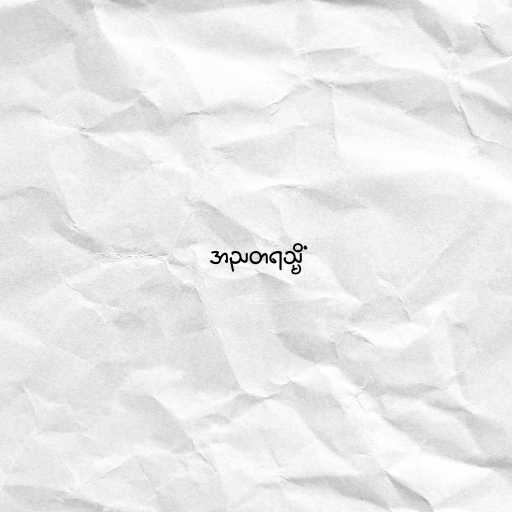
အညတရသ္မိံ